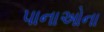
પાનાઓના